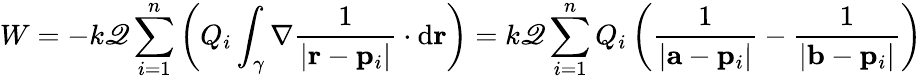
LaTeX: W=-k\mathscr{Q}\sum_{i=1}^{n}\left(Q_{i}\int_{\gamma}\nabla{\frac{{1}}{{\left|\mathbf{{r}}-\mathbf{{p}}_{i}\right|}}}\cdot\mathrm{{d}}\mathbf{{r}}\right)=k\mathscr{Q}\sum_{i=1}^{n}Q_{i}\left({\frac{{1}}{{\left|\mathbf{{a}}-\mathbf{{p}}_{i}\right|}}}-{\frac{{1}}{{\left|\mathbf{{b}}-\mathbf{{p}}_{i}\right|}}}\right)